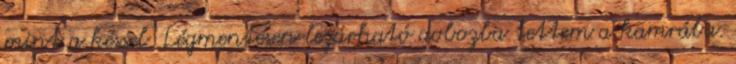
mint a késsel. Légmentesen lezárható dobozba tettem a kamrába.